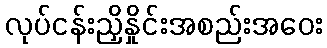
လုပ်ငန်းညှိနှိုင်းအစည်းအဝေး